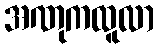
အဏုကထူလာ